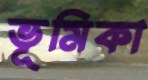
ভূমিকা